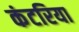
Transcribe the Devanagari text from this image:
कंटरिया